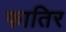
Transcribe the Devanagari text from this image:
फातिर